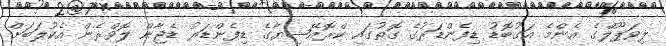
ލިވަޕޫލްގެ އެންމެ އަގުބޮޑު ޑިފެންޑަރުގެ ގޮތުގައި ކްރޮއޭޝިޔާގެ ޑިފެންޑަރު ޑެޖާން ލޮވްރެން އެކުލަބަށް